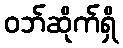
ဝဘ်ဆိုက်ရှိ